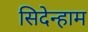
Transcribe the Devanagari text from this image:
सिदेन्हाम